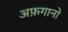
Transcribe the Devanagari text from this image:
अफ़गानो